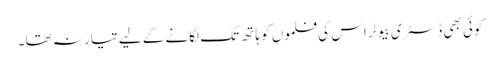
کوئی بھی ڈسٹری بیوٹر اس کی فلموں کو ہاتھ تک لگانے کے لیے تیار نہ تھا۔